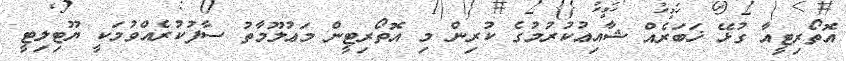
އޮތޯރިޓީއާ ގުޅޭ ޚަބަރެއް ޝާއިޢުކުރުމުގެ ކުރިން މި އޮތޯރިޓީން މަޢުލޫމާތު ސާފުކުރެއްވުމަކީ ޔޫޓިލިޓީ